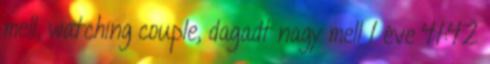
mell, watching couple, dagadt nagy mell 1 éve 41:42